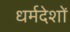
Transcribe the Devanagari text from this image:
धर्मदेशों